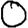
Digit: 0